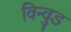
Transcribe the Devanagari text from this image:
विन्वुड